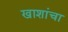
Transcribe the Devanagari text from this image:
खाशांचा